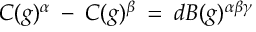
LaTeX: C ( g ) ^ { \alpha } \: - \: C ( g ) ^ { \beta } \: = \: d B ( g ) ^ { \alpha \beta \gamma }